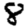
Digit: 8